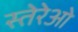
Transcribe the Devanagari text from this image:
स्तेरेओ